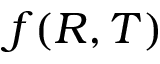
f ( R , T )